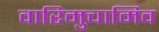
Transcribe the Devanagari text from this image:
वारिमुचामिव